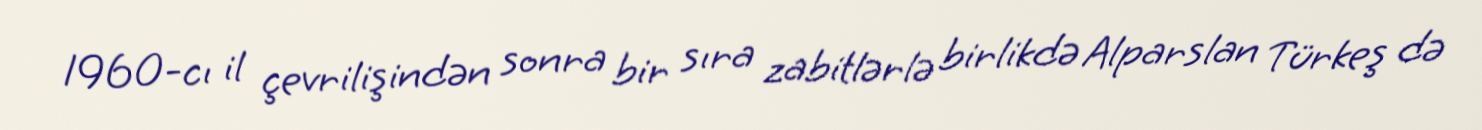
1960-cı il çevrilişindən sonra bir sıra zabitlərlə birlikdə Alparslan Türkeş də